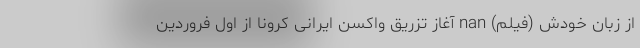
از زبان خودش (فیلم) nan آغاز تزریق واکسن ایرانی کرونا از اول فروردین